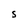
Character: S